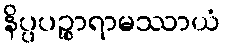
နိပ္ပပဉ္စာရာမဿာယံ